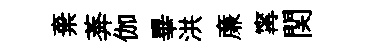
棄莾伽畢洪亷𡩋関